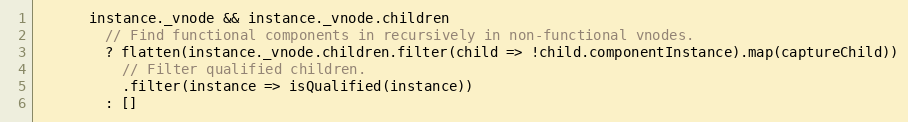
Language: JavaScript
      instance._vnode && instance._vnode.children
        // Find functional components in recursively in non-functional vnodes.
        ? flatten(instance._vnode.children.filter(child => !child.componentInstance).map(captureChild))
          // Filter qualified children.
          .filter(instance => isQualified(instance))
        : []